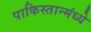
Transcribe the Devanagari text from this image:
पाकिस्तान्मंध्ये